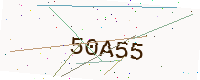
Text: 50A55